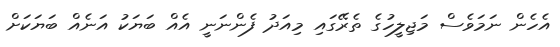
އެހެން ނަމަވެސް މަޖިލީހުގެ ތެރޭގައި މިއަދު ފެންނަނީ އެއް ބަޔަކު އަނެއް ބަޔަކަށް